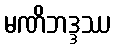
မဏိဘဒ္ဒဿ